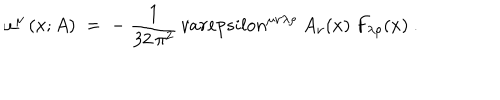
\omega ^ { \mu } \left( x ; A \right) \; = \; - ~ \frac { 1 } { 3 2 \, \pi ^ { 2 } } \, v a r e p s i l o n ^ { \mu \nu \lambda \rho } ~ A _ { \nu } ( x ) ~ F _ { \lambda \rho } ( x ) ~ .